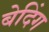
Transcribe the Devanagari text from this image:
बेदिंग